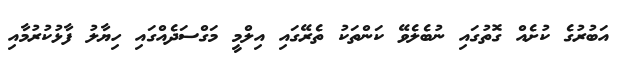
އަބުރުގެ ކުށެއް ގޮތުގައި ނުބެލެވޭ ކަންތަކު ތެރޭގައި އިލްމީ މަގްސަދެއްގައި ހިޔާލު ފާޅުކުރުމާއި